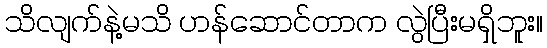
သိလျက်နဲ့မသိ ဟန်ဆောင်တာက လွဲပြီးမရှိဘူး။